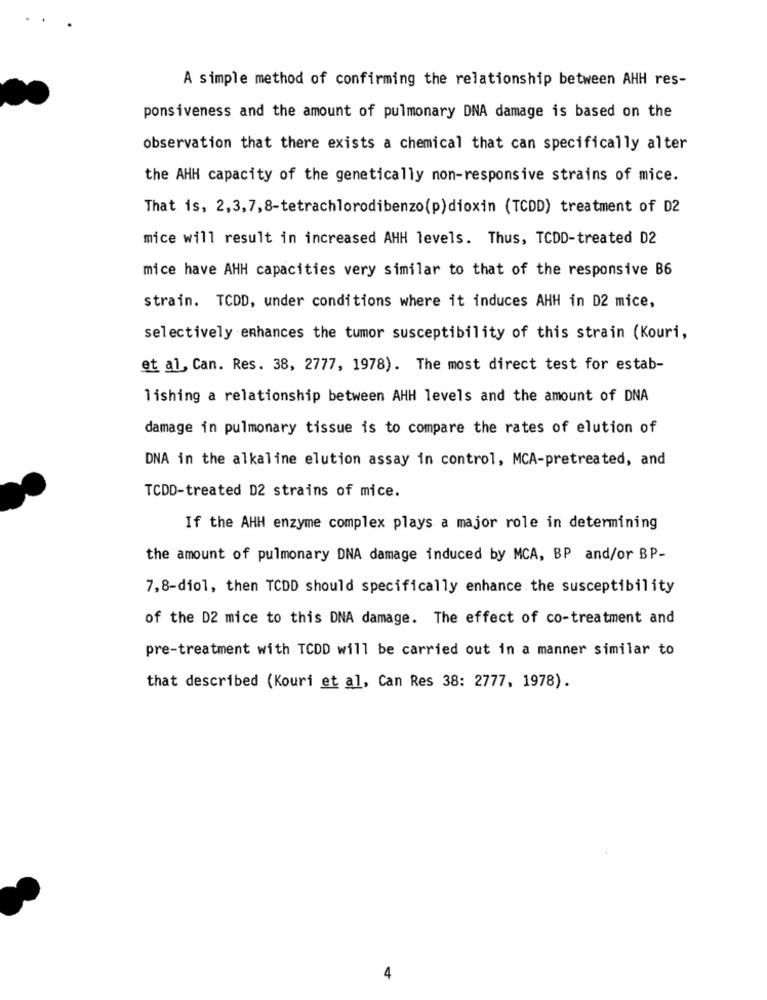
A simple method of confirming the relationship between AHH res-
ponsiveness and the amount of pulmonary DNA damage is based on the
observation that there exists a chemical that can specifically alter
the AHH capacity of the genetically non-responsive strains of mice.
That is, 2,3,7,8-tetrachlorodibenzo(p) dioxin (TCDD) treatment of D2
mice will result in increased AHH levels. Thus, TCDD-treated D2
mice have AHH capacities very similar to that of the responsive B6
strain. TCDD, under conditions where it induces AHH in D2 mice,
selectively enhances the tumor susceptibility of this strain (Kouri,
et al, Can. Res. 38, 2777, 1978). The most direct test for estab-
1ishing a relationship between AHH levels and the amount of DNA
damage in pulmonary tissue is to compare the rates of elution of
DNA in the alkaline elution assay in control, MCA-pretreated, and
TCDD-treated D2 strains of mice.
If the AHH enzyme complex plays a major role in determining
the amount of pulmonary DNA damage induced by MCA, BP and/or BP-
7,8-diol, then TCDD should specifically enhance the susceptibility
of the D2 mice to this DNA damage. The effect of co-treatment and
pre-treatment with TCDD will be carried out in a manner similar to
that described (Kouri et al, Can Res 38: 2777, 1978).
4